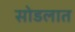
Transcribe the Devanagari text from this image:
सोडलात